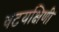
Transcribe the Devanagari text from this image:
वटयक्षिणी